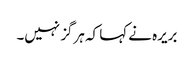
بریرہ نے کہا کہ ہرگز نہیں۔